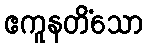
ဧကူနတိံသော